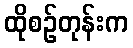
ထိုစဉ်တုန်းက